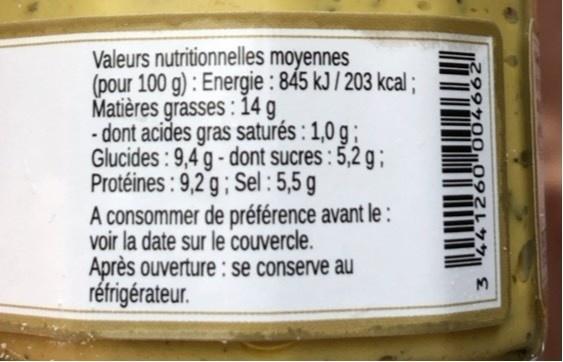
Valeurs nutritionnelles moyennes (pour 100 g) : Energie : 845 kJ / 203 kcal ; Matières grasses: 14 g - dont acides gras saturés : 1,0 g ; Glucides : 9,4 g- dont sucres: 5,2 g; Protéines : 9,2 g ; Sel : 5,5 g A consommer de préférence avant le : voir la date sur le couvercle. Après ouverture : se conserve au réfrigérateur.